Lunatic asylums Punjab 1895-1910 - 1895-1910
Year: 1895
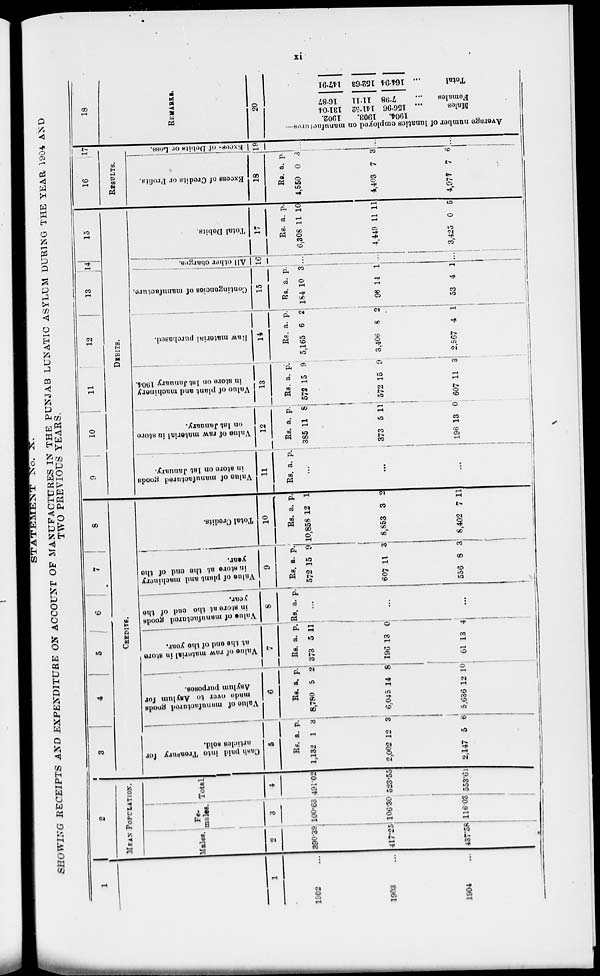
xi
STATEMENT
No. X.
SHOWING RECEIPTS AND EXPENDITURE
ON ACCOUNT OF MANUFACTURES IN THE PUNJAB LUNATIC ASYLUM DURING THE YEAR 1904 AND
TWO PREVIOUS
YEARS.
1
1
1902
1903
1904
2
MEAN POPULATION.
Males.
2
390.39
417.25
437.58
Fe-
males
3
100.63
106.30
116.03
Total.
4
49102
523.55
553.61
3
4
5
6
7
8
CREDITS.
Cash
paid into Treasury for
articles sold.
5
Rs.
1,132
2,002
2,147
a.
1
12
5
p.
3
3
6
Value
of manufactured goods
made
over to Asylum for
Asylum purposes.
6
Rs
8,780
6,045
5,636
a.
5
14
12
p.
2
8
10
Value of raw material
in store
at the and of the year.
7
Rs
373
196
61
a.
5
13
13
p.
11
0
4
Value of manufactured goods
in store at the and of the
year.
8
Rs. a. p.
...
...
...
Value of plant and machinery
in store at the and of the
year.
9
Rs.
572
607
556
a.
15
11
8
p.
9
3
3
Total Credits.
10
Rs.
10,858
8,853
8,402
a.
12
3
7
p.
1
2
11
9
10
11
12
13
14
15
DEBITS.
Value of manufactured goods
in store on 1st January.
11
Rs. a. p.
...
...
...
Value of raw material in store
on 1st January.
12
Rs.
385
373
196
a.
11
5
13
p.
8
11
0
Value
of plant and machinery
in store on 1st January 1904.
13
Rs
572
572
607
a.
15
15
11
p.
9
9
3
Raw material purchased.
14
Rs.
5,165
3,406
2,567
a.
6
8
4
p.
2
2
1
Contingencies
of manufacture.
15
Rs
184
96
53
a.
10
14
4
p.
3
1
1
All other charges.
16
...
...
...
Total Debits.
17
Rs
6,308
4,449
3,425
a.
11
11
0
p.
10
11
5
16
17
RESULTS.
Excess of Credits or Profits.
18
Rs.
4,550
4,403
4,977
a.
0
7
7
p.
3
3
6
Excess of Debits or Loss.
19
18
REMARKS.
20
Average number of lunatics employed on manufactures—
1902.
1903.
1904.
131.04
141.52
156.96
Males
16.87
1111
7.98
Females
147.91
15263
16494
Total